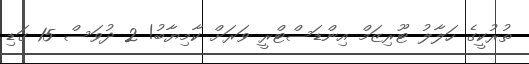
ތުރުކީގެ ހަލާލު ޓޫރިޒަމް އިންޑަސްޓްރީ ވަރަށް ކާމިޔާބު! 2 ދުވަސް 15 ގަޑި